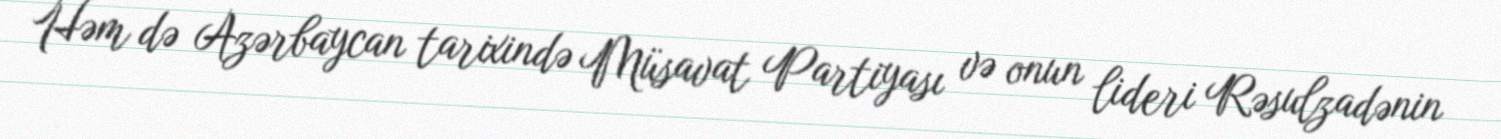
Həm də Azərbaycan tarixində Müsavat Partiyası və onun lideri Rəsulzadənin